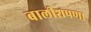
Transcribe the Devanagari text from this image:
बालीशपणा